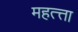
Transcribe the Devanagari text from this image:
महत्त्ता